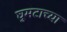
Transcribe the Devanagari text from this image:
घुमटाच्या